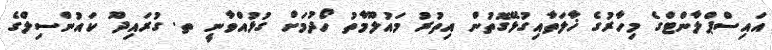
އައިސްޕްލާންޓްގެ މިހާރުގެ ޚާލަތާއިގުޅޭގޮތުން އިތުރު މައުލޫމާތު ހޯދުމަށް ގުޅުއްވާނީ ތ. ގުރައިދޫ ކައުންސިލްގެ